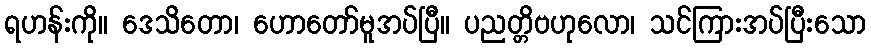
ရဟန်းကို။ ဒေသိတော၊ ဟောတော်မူအပ်ပြီ။ ပညတ္တိဗဟုလော၊ သင်ကြားအပ်ပြီးသော